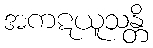
အကဋယူသန္တိ